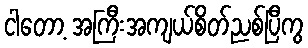
ငါတော့ အကြီးအကျယ်စိတ်ညစ်ပြီကွ